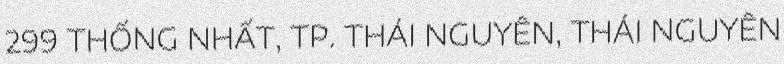
299 THỐNG NHẤT, TP. THÁI NGUYÊN, THÁI NGUYÊN